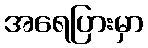
အရေပြားမှာ